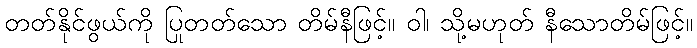
တတ်နိုင်ဖွယ်ကို ပြုတတ်သော တိမ်နီဖြင့်။ ဝါ၊ သို့မဟုတ် နီသောတိမ်ဖြင့်။